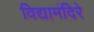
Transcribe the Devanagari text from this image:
विद्यामंदिरे